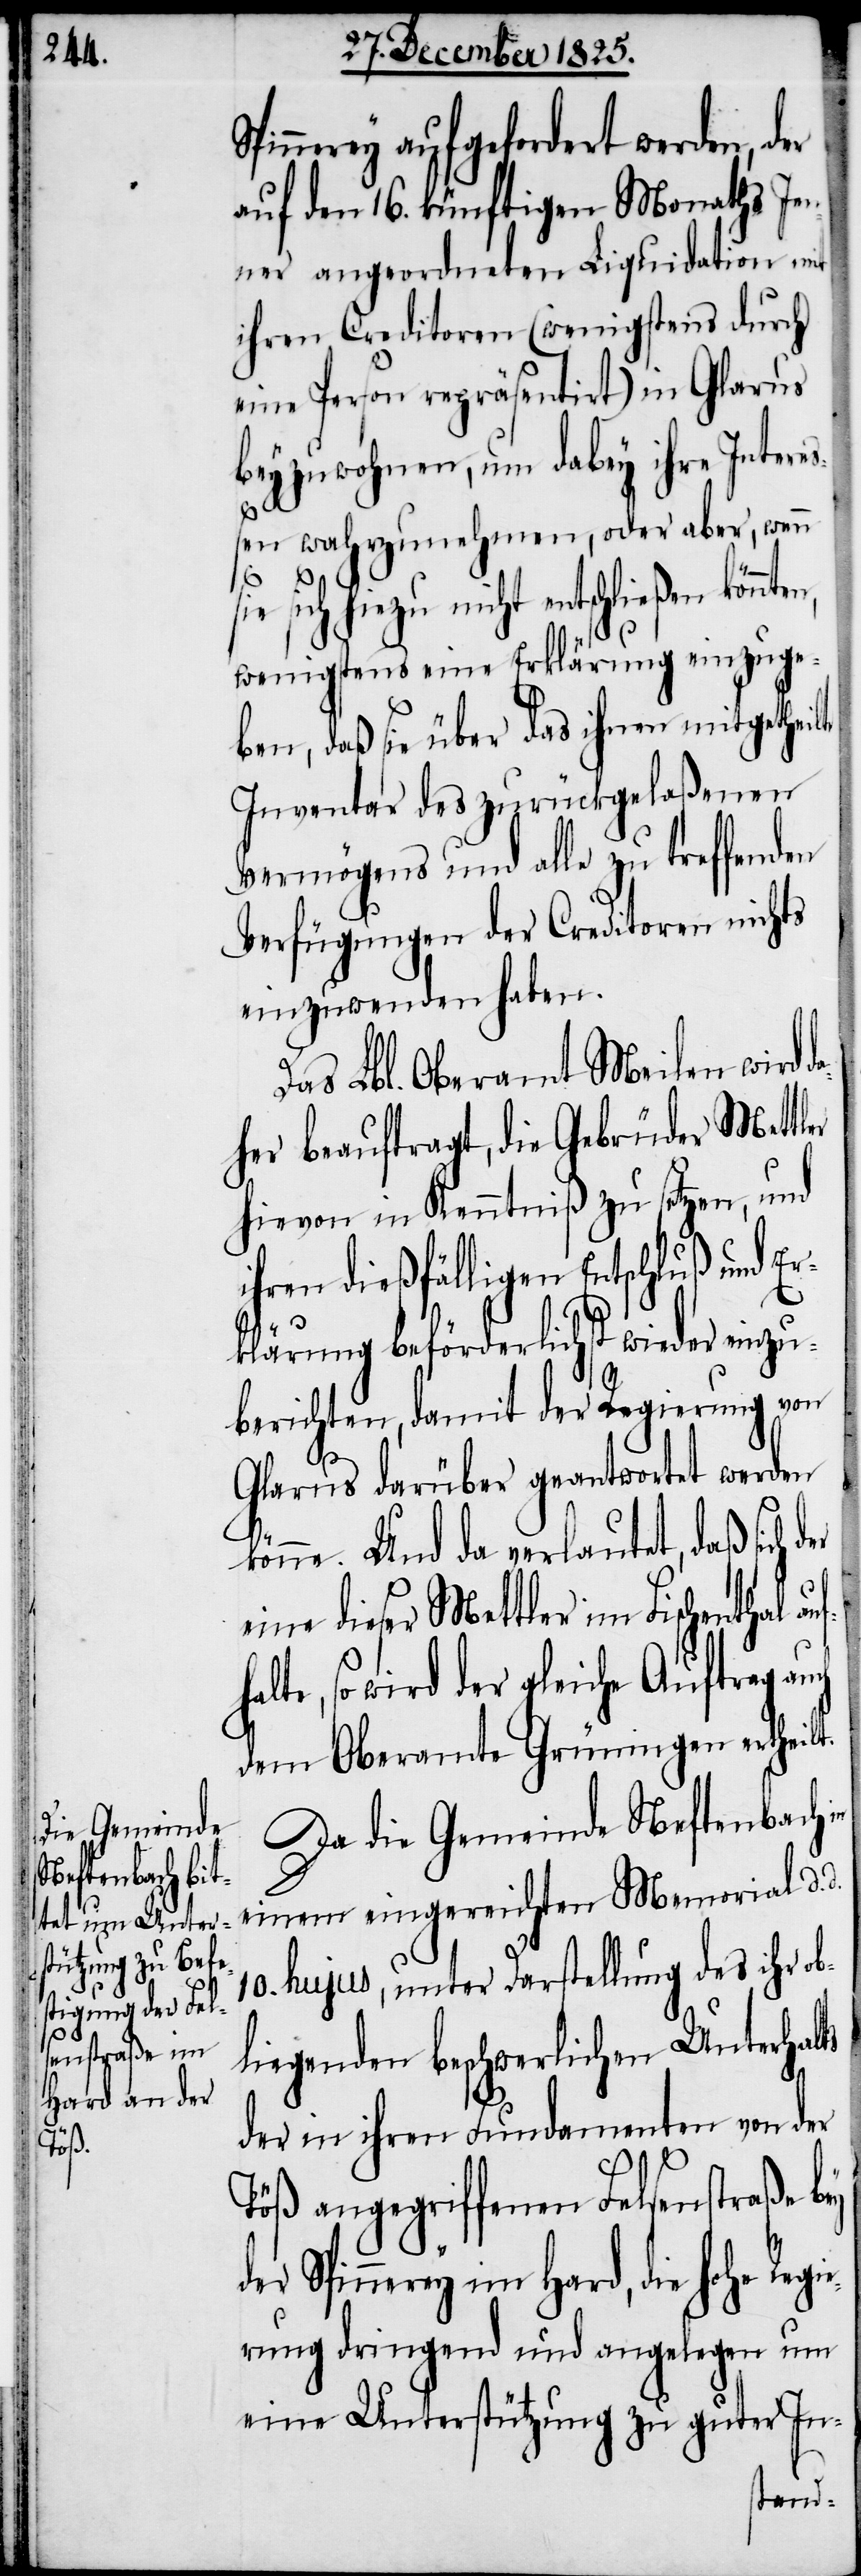
ufh¬

pinnerey aufgefordert werden, der
auf den 16. künftigen Monaths Jen¬
ner angeordneten Liquidation mit
ihren Creditoren (wenigstens durch
eine Person repräsentirt) in Glarus
beyzuwohnen, um dabey ihre Intere¬
ßen wahrzunehmen, oder aber, wenn
sich hiezu nicht entschließen
wenigstens eine Erklärung einzuge¬
ben, daß sie über das ihnen mitgethei¬
Inventar des zurückgelaßenen
Vermögens und alle zu treffenden
Verfügungen der Creditoren nichts
einzuwenden haben.
Das Lbl. Oberamt Meilen wird
her beauftragt, die Gebrüder Mettler
hievon in Kenntniß zu setzen, und
ihren dießfälligen Entschluß und Er¬
klärung beförderlichst wieder einzu¬
berichten, damit der Regierung von
Glarus darüber geantwortet werden
t.
könne. Und da verlautet, daß sich der
eine dieser Mettler im Fischenthal a¬
alte, so wird der gleiche Auftrag au¬
dem Oberamte Grüningen ertheil¬
Da die Gemeinde Neftenbach
einem eingereichten Memorial d. d.
10. hujus, unter Darstellung des ihr ob¬
liegenden beschwerlichen Unterhalts
der in ihren Fundamenten von der
Töß angegriffenen Felsenstraße bey
der Spinnerey im Hard, die hohe Regi¬
erung dringend und angelegen um
eine Unterstützung zu guter In-